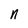
Character: n